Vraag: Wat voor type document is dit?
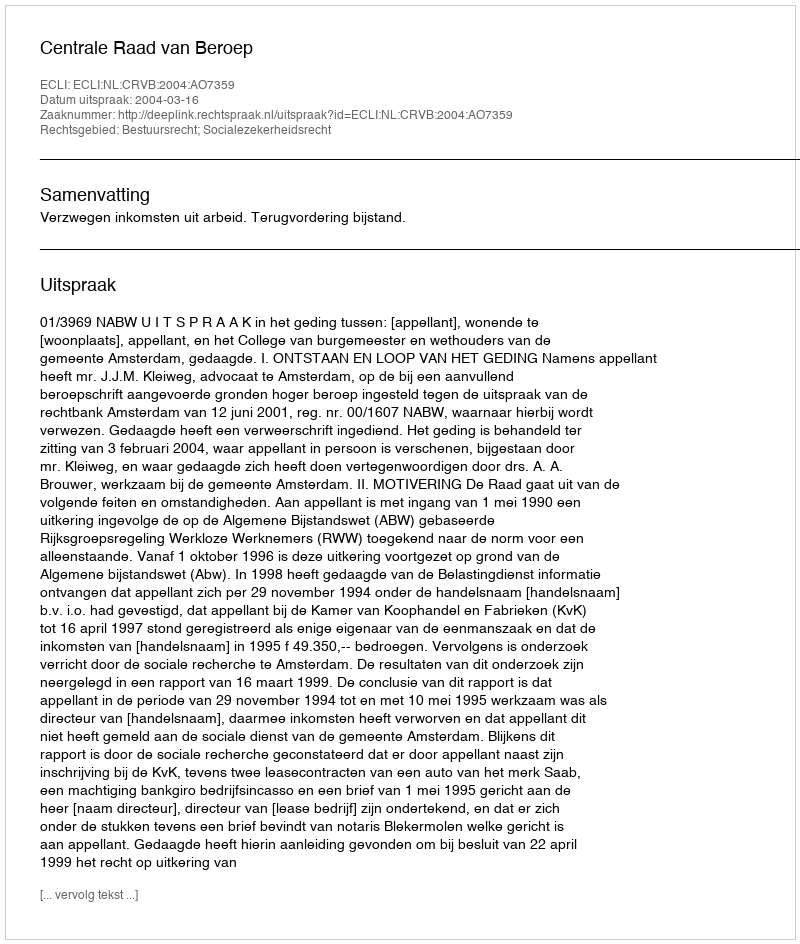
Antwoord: Uitspraak